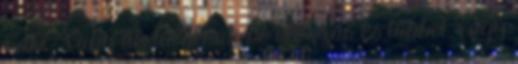
harc: vagy ők találnak be először és többet, vagy